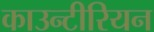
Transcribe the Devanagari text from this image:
काउन्टीरियन